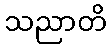
သညာတိ